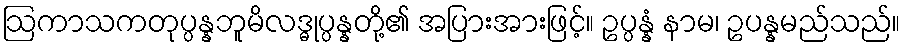
ဩကာသကတုပ္ပန္နဘူမိလဒ္ဓုပ္ပန္နတို့၏ အပြားအားဖြင့်။ ဥပ္ပန္နံ နာမ၊ ဥပန္နမည်သည်။